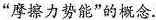
”摩擦力势能”的概念.